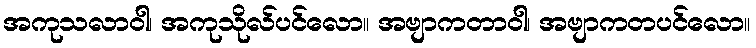
အကုသလာဝါ၊ အကုသိုလ်ပင်လော။ အဗျာကတာဝါ၊ အဗျာကတပင်လော။